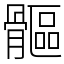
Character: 𩪍